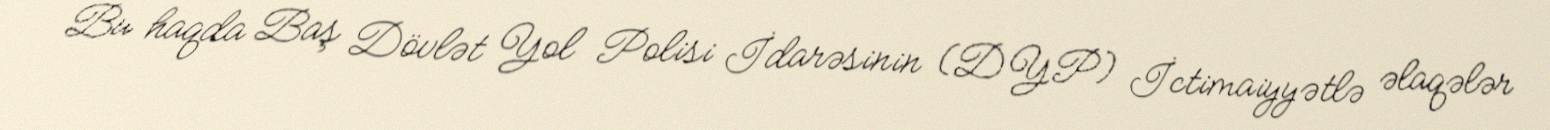
Bu haqda Baş Dövlət Yol Polisi İdarəsinin (DYP) İctimaiyyətlə əlaqələr